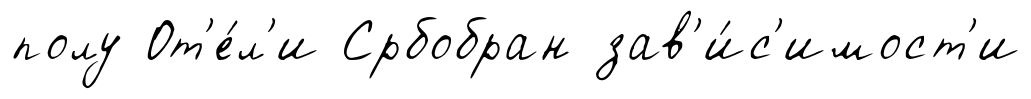
полу От'е́л'и Србобран зав'и́с'имост'и